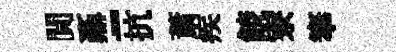
閴鼒-抗䔥疾𩜙寮搴